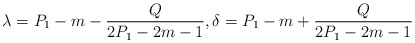
\begin{align*}\lambda=P_1-m-\frac{Q}{2P_1-2m-1}, \delta=P_1-m+\frac{Q}{2P_1-2m-1}\end{align*}